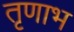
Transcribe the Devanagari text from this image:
तृणाभ